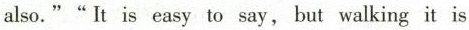
also.""It is easy to say,but walking it is